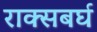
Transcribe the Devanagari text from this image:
राक्सबर्घ